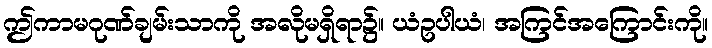
ဤကာမဂုဏ်ချမ်းသာကို အလိုမရှိရာ၌။ ယံဥပါယံ၊ အကြင်အကြောင်းကို။